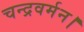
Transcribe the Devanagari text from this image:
चन्द्रवर्मन।